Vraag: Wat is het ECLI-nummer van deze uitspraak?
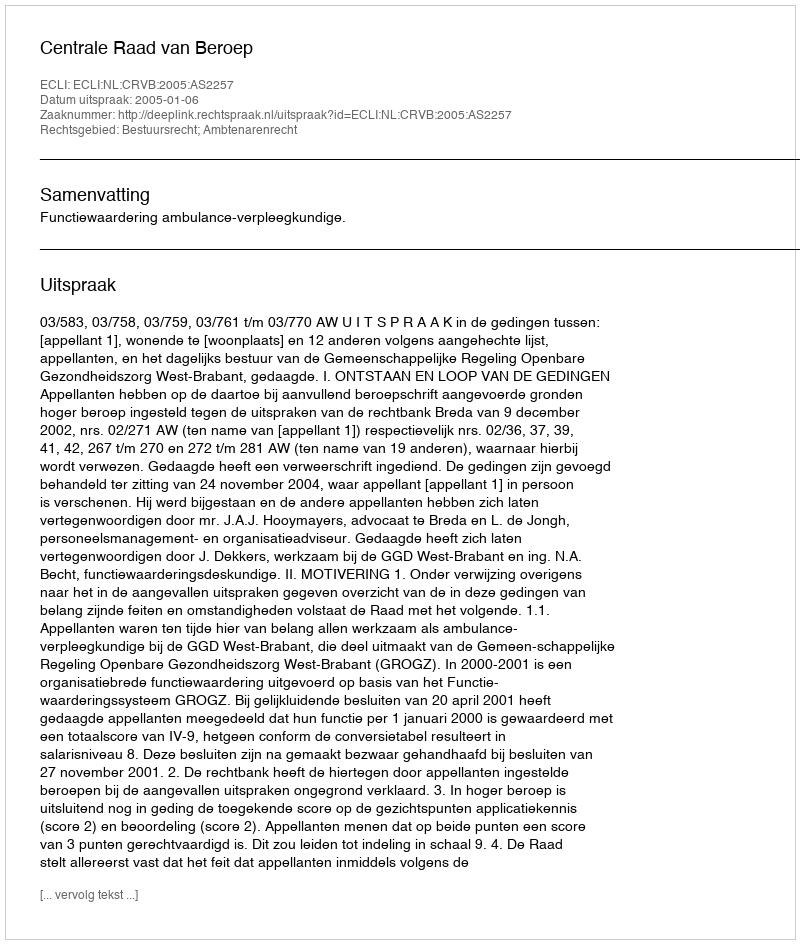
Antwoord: ECLI:NL:CRVB:2005:AS2257